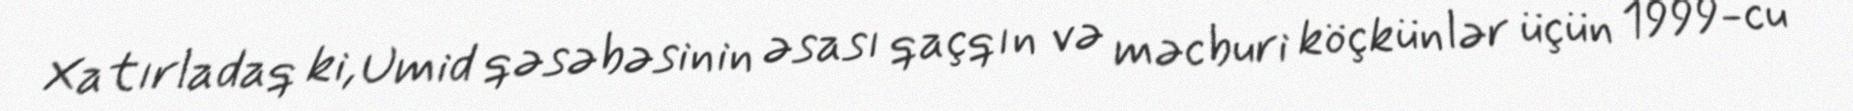
Xatırladaq ki, Umid qəsəbəsinin əsası qaçqın və məcburi köçkünlər üçün 1999-cu